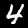
Label: 4